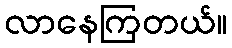
လာနေကြတယ်။